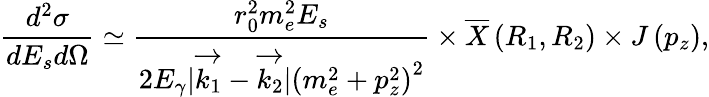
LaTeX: \frac{d^{2}\sigma}{dE_{s}d\Omega}\simeq\frac{r_{0}^{2}m_{e}^{2}E_{s}}{2E_{\gamma}|\overrightarrow{k_{1}}-\overrightarrow{k_{2}}|\left(m_{e}^{2}+p_{z}^{2}\right)^{2}}\times\overline{{X}}\left(R_{1},R_{2}\right)\times J\left(p_{z}\right),